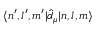
\langle n ^ { \prime } , l ^ { \prime } , m ^ { \prime } | \hat { d } _ { \mu } | n , l , m \rangle